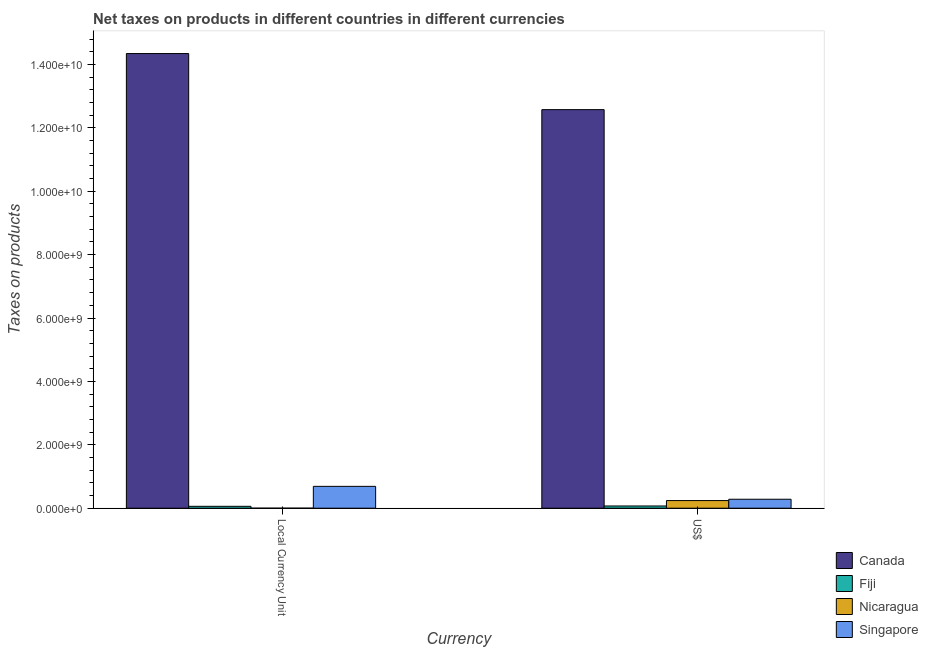
| Currency | Canada | Fiji | Nicaragua | Singapore |
 | --- | --- | --- | --- | --- |
 | Local Currency Unit | 1.43e+10 | 5.92e+07 | 0.339 | 6.89e+08 |
 | US$ | 1.26e+10 | 6.99e+07 | 2.4e+08 | 2.82e+08 |